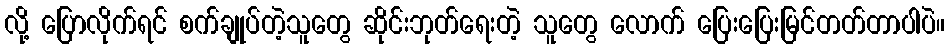
လို့ ပြောလိုက်ရင် စက်ချုပ်တဲ့သူတွေ ဆိုင်းဘုတ်ရေးတဲ့ သူတွေ လောက် ပြေးပြေးမြင်တတ်တာပါပဲ။